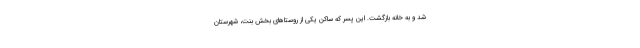
شد و به خانه بازگشت. این پسر که ساکن یکی از روستاهای بخش بنت، شهرستان